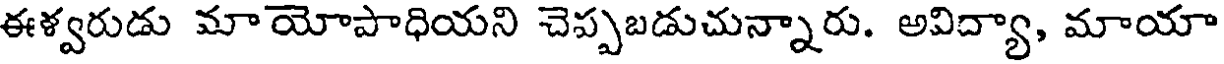
ఈళ్వరుడు మాయోపాధియని చెప్పబడుచున్నారు. అవిద్యా, మాయా